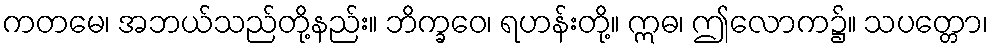
ကတမေ၊ အဘယ်သည်တို့နည်း။ ဘိက္ခဝေ၊ ရဟန်းတို့။ ဣဓ၊ ဤလောက၌။ သပတ္တော၊